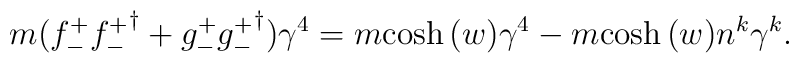
m (  {f_{-}^{+}} {{f_{-}^{+}}}^{\dagger}  + {g_{-}^{+}} {{g_{-}^{+}}}^{\dagger} ) \gamma^{4} = m {\cosh{(w)}} \gamma^{4} - m {\cosh{(w)}}n^{k} \gamma^{k} .